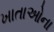
ખાતાઓના